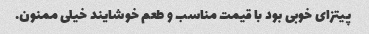
پیتزای خوبی بود با قیمت مناسب و طعم خوشایند خیلی ممنون.